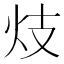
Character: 𱪫